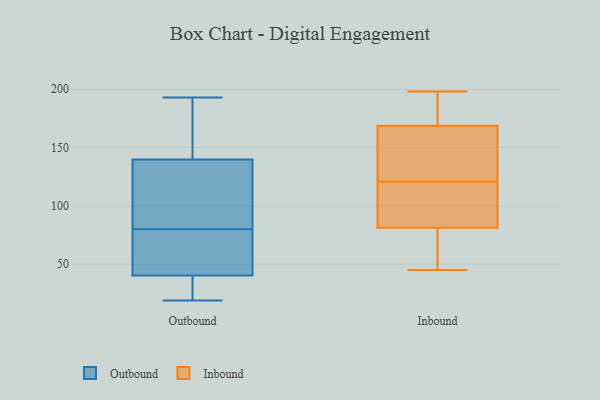
{"axis": {"x": "Operating Costs (USD K)", "y": "Value"}, "legend": ["Inbound", "Outbound"], "data": [{"x": "", "y": 166, "type": "Outbound"}, {"x": "", "y": 167, "type": "Outbound"}, {"x": "", "y": 159, "type": "Outbound"}, {"x": "", "y": 19, "type": "Outbound"}, {"x": "", "y": 41, "type": "Outbound"}, {"x": "", "y": 38, "type": "Outbound"}, {"x": "", "y": 136, "type": "Outbound"}, {"x": "", "y": 57, "type": "Outbound"}, {"x": "", "y": 64, "type": "Outbound"}, {"x": "", "y": 141, "type": "Outbound"}, {"x": "", "y": 40, "type": "Outbound"}, {"x": "", "y": 34, "type": "Outbound"}, {"x": "", "y": 23, "type": "Outbound"}, {"x": "", "y": 80, "type": "Outbound"}, {"x": "", "y": 193, "type": "Outbound"}, {"x": "", "y": 117, "type": "Outbound"}, {"x": "", "y": 113, "type": "Outbound"}, {"x": "", "y": 90, "type": "Outbound"}, {"x": "", "y": 66, "type": "Outbound"}, {"x": "", "y": 79, "type": "Inbound"}, {"x": "", "y": 71, "type": "Inbound"}, {"x": "", "y": 198, "type": "Inbound"}, {"x": "", "y": 121, "type": "Inbound"}, {"x": "", "y": 127, "type": "Inbound"}, {"x": "", "y": 179, "type": "Inbound"}, {"x": "", "y": 187, "type": "Inbound"}, {"x": "", "y": 138, "type": "Inbound"}, {"x": "", "y": 117, "type": "Inbound"}, {"x": "", "y": 45, "type": "Inbound"}, {"x": "", "y": 88, "type": "Inbound"}]}